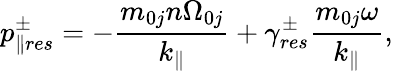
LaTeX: p_{\parallel res}^{\pm}=-\frac{m_{0j}n\Omega_{0j}}{k_{\parallel}}+\gamma_{res}^{\pm}\frac{m_{0j}\omega}{k_{\parallel}},